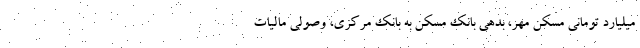
میلیارد تومانی مسکن مهر، بدهی بانک مسکن به بانک مرکزی، وصولی مالیات